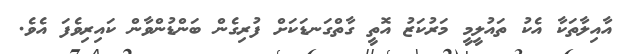
އާއިލާތަކާ އެކު ތައުލީމީ މަރުކަޒު އޮތީ ގާތްގަނޑަކަށް ފުރިގެން ބަންޑުންވާން ކައިރިވެފަ އެވެ.